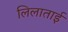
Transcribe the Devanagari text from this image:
लिलाताई